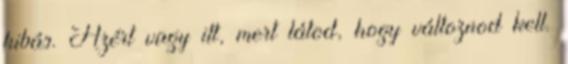
hibás. Azért vagy itt, mert látod, hogy változnod kell.